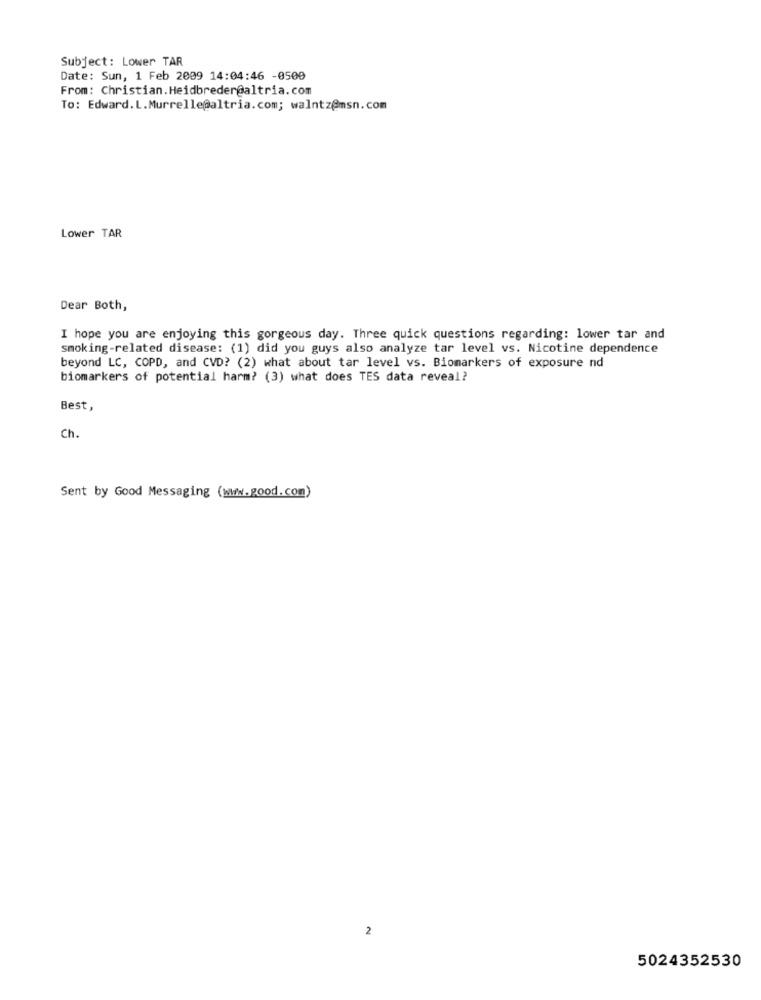
Subject: Lower TAR
Date: Sun, 1 Feb 2009 14:04:46 -0500
From: Christian.Heidbreder@altria.com
To: Edward.L.Murrelle@altria.com; walntz@msn.com
Lower TAR
Dear Both,
I hope you are enjoying this gorgeous day. Three quick questions regarding: lower tar and
smoking-related disease: (1) did you guys also analyze tar level vs. Nicotine dependence
beyond LC, COPD, and CVD? (2) what about tar level vs. Biomarkers of exposure nd
biomarkers of potential harm? (3) what does TES data reveal?
Best,
Ch.
Sent by Good Messaging (www.good.com)
2
5024352530